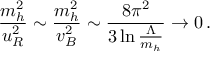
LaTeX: { \frac { m _ { h } ^ { 2 } } { u _ { R } ^ { 2 } } } \sim { \frac { m _ { h } ^ { 2 } } { v _ { B } ^ { 2 } } } \sim { \frac { 8 \pi ^ { 2 } } { 3 \ln { \frac { \Lambda } { m _ { h } } } } } \to 0 \, .